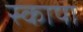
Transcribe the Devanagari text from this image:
स्कापा